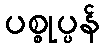
ပစ္စုပ္ပန်